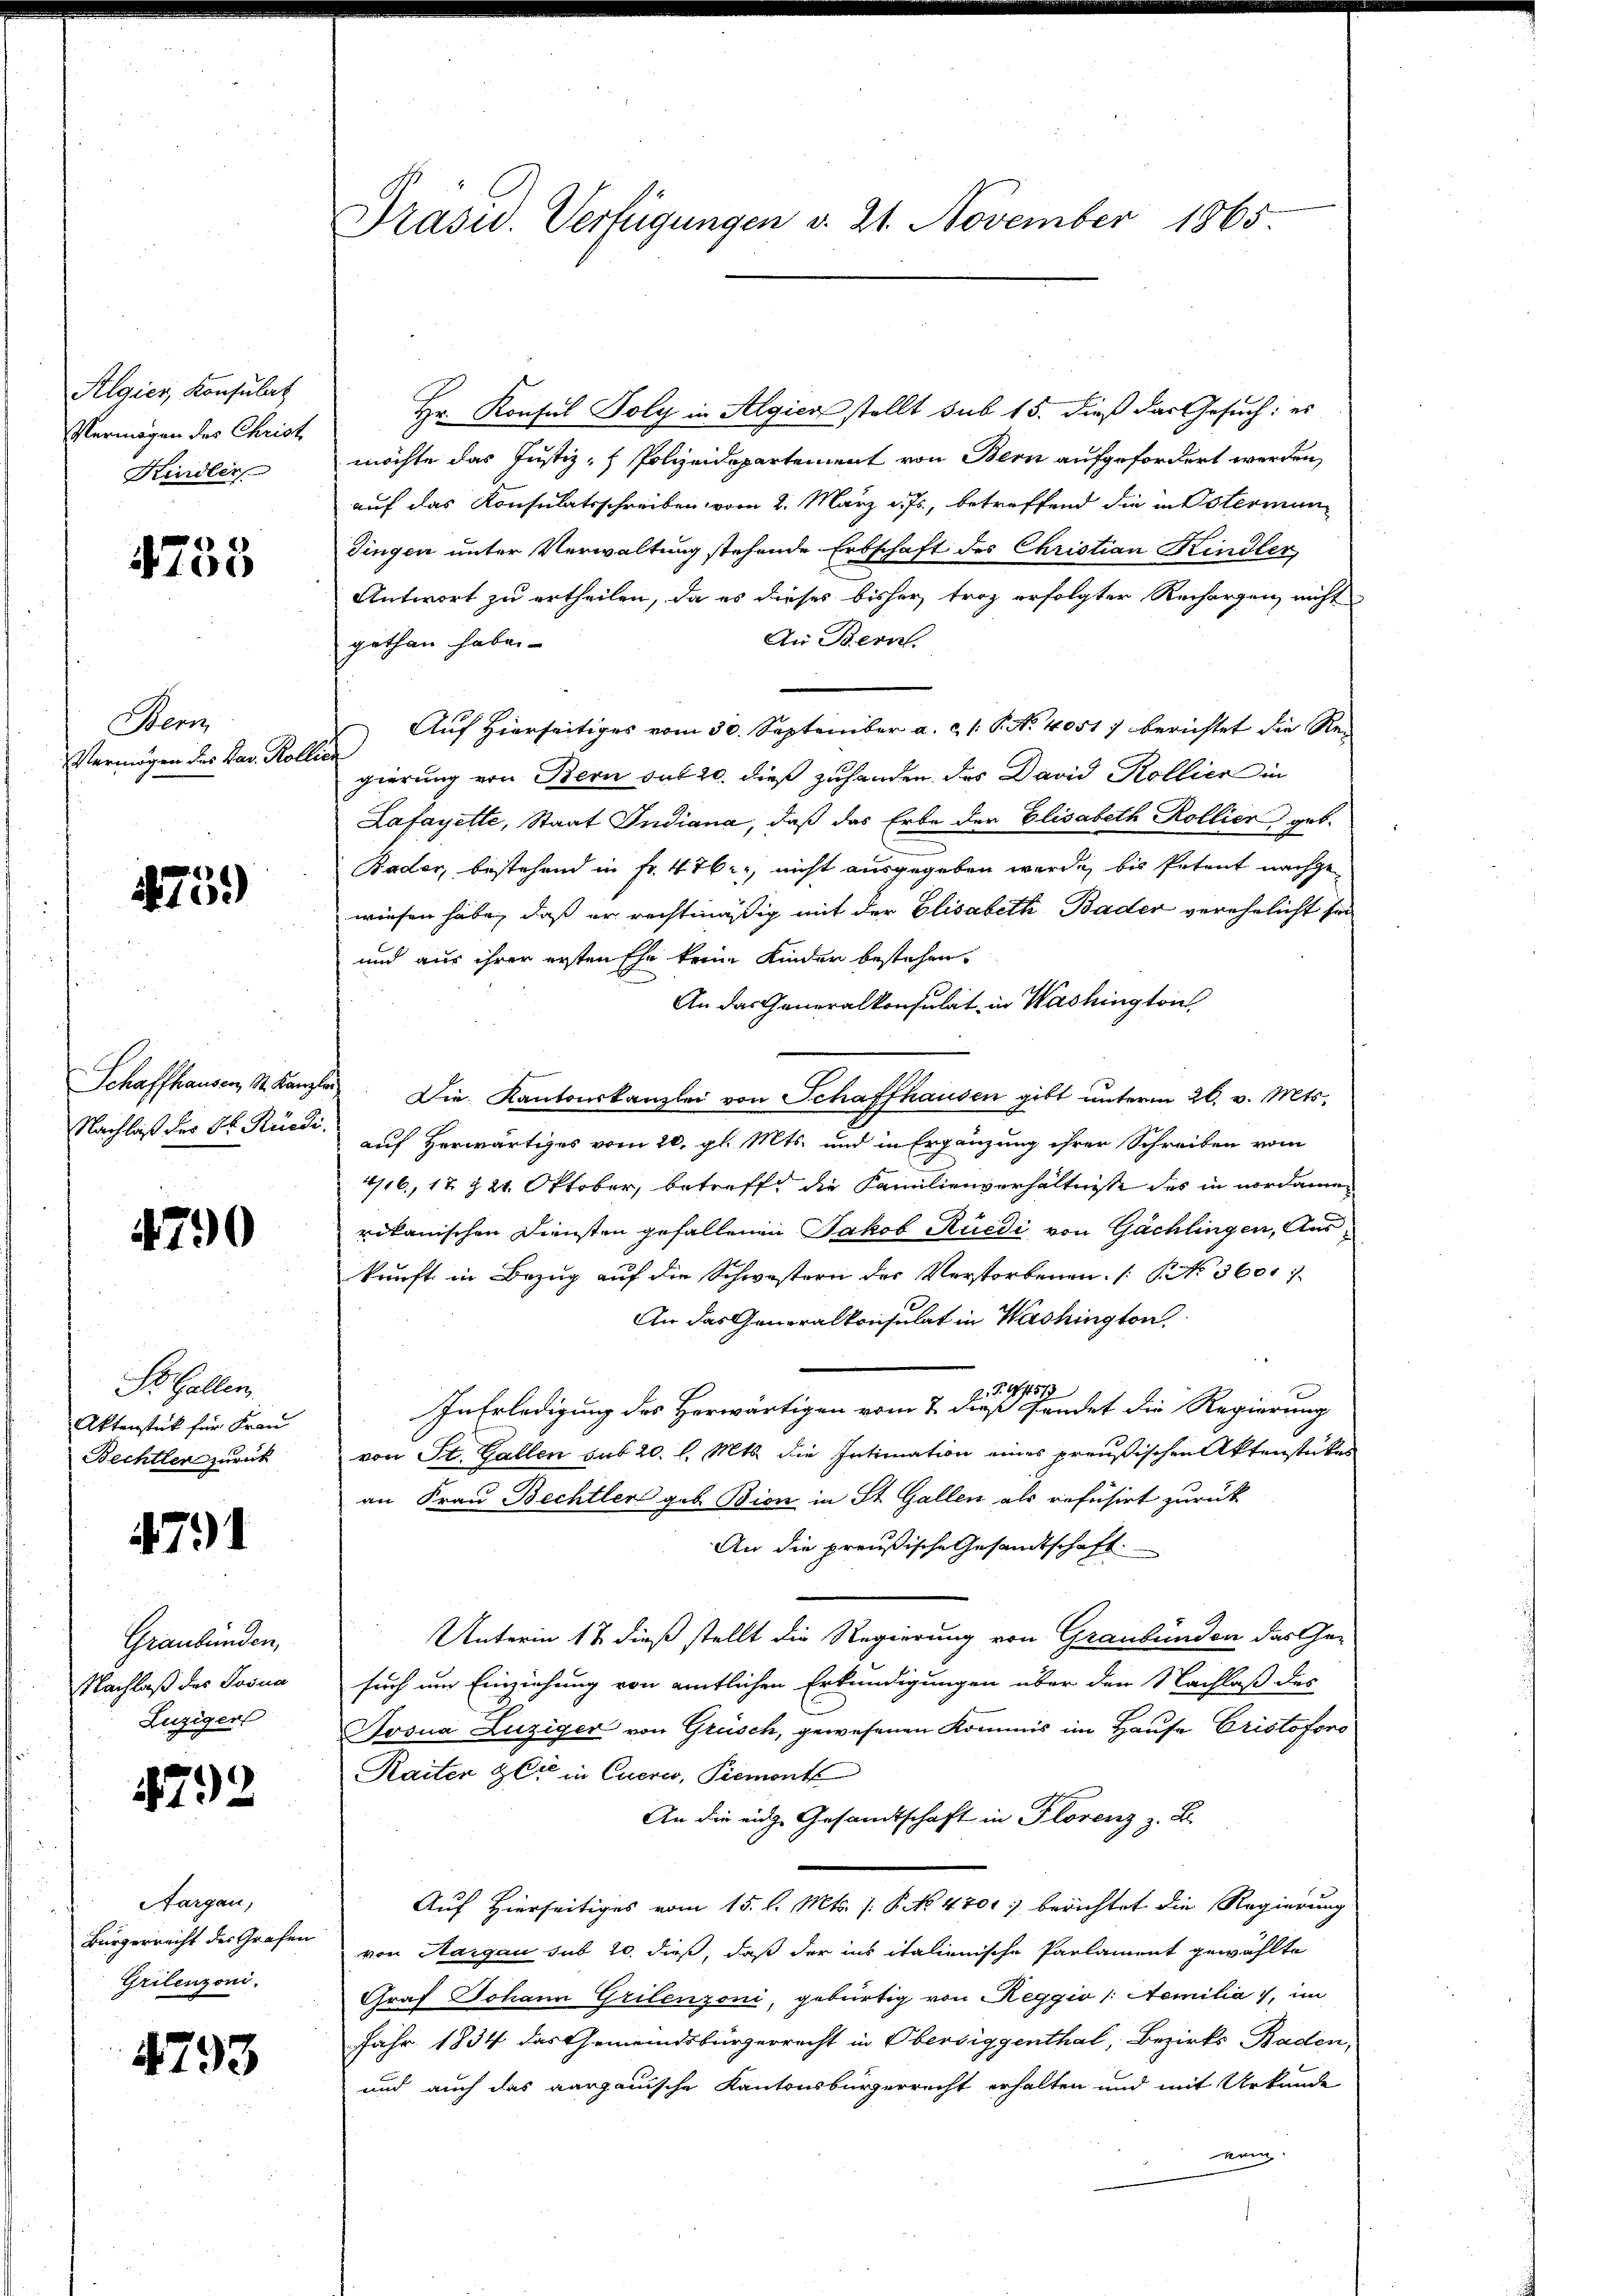
Algier, Konsulat
Vermögen des Christ
Kindler

4755

Stern
Vermögen der Sav. Kollich

475)

Nachlaß des St. Rüedi¬

4790

St. Gallen.
Aktenstück für Frau
Bechtler zurück

4791

Graubünden,
Nachlaß des Josua
Luzigert

4792

Sargau,
Bürgerrecht des Grafen
Grilenzoni.

4793

Präsid. Verfügungen v. 21. November 1865.

Hr. Konsul Poly in Algica stellt sub 15. dieß das Gesuch: es
möchte das Justiz- & Polizeidepartement von Bern aufgefordert werden,
auf das Konsulatsschreiben vom 2. März d. Js., betreffend die in Esterman
Dingen unter Verwaltung stehende Erbschaft des Christian Kindler,
Antwort zu ertheilen, da es dieses bisher troz erfolgter Rechargen nicht
An Bern.
gethan haben.
Auf Hierseitiges vom 30. September a. c. 1. P. No 4051) berichtet die Regierung von Bern sub 20. dieß zuhanden das David Kollier in
Latayette, Staat Indiana, daß das Erbe der Elisabeth Kollier geb.
Bader, bestehend in Fr. 476, nicht ausgegeben werde, bis Petent nachgewiesen habe, daß er rechtmäßig mit der Elisabeth Bader verehelicht sie
und aus ihrer ersten Ehe kein Kinder bestehen,
An das Generalkonsulat in Washington
Schaffhausen, St. Kanzlei. Die Kantonskanzlei von Schaffhausen gibt unterm 26. v. Mts.
auf Herwärtiges vom 20. gl. Mts. und in Ergänzung ihrer Schreiben vom
416, 17 § 24. Oktober, betreffet die Familienverhältnisse des in nordamen
rikanischen Diensten gefallenen Jakob Rüedi, von Gächlingen, Auskunft in Bezug auf die Schwestern der Verstorbenen No 3600
An das Generalkonsulat in Washington.
d. J. 171518
In Erledigung des Herwärtigen vom 2. dieß sendet die Regierung
von St. Gallen sub 20. l. Mts. die Intimation eines preußischen Aktenstückes
an Frau Bechtler geb. Bion in St. Gallen als refusirt zurück
An die preußische Gesandtschaft.
Unterm 17. dieß stellt die Regierung von Graubünden das Ge-
such um Einziehung von amtlichen Erkundigungen über den Nachlaß des
Josua Luziger von Grüsch, gewesenen Kommis im Hause Cristofono
Kaiter & Cie in Eueres, Piemont
An die eidge Gesandtschaft in Florenz z. B.
Auf Hierseitiges vom 15. d. Mts. /: P. N. 4701 berichtet die Regierung
von Aargau sub 20. dieß, daß der ins italienische Parlament gewählte
Graf Johann Grilenzoni, gebürtig von Reggio /: Aemilia), im
Jahr 1834 das Gemeindsbürgerrecht in Obersiggenthal, Bezirks Baden,
und auch das aargauische Kantonsbürgerrecht erhalten und mit Urkunde
ein